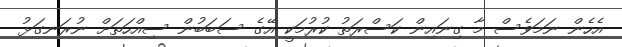
އެހެން ނަމަވެސް މާ ގިނައިން ކަސްރަތު ކުރުމަކީ އޭގެ ސަބަބުން ސިއްހަތަށް ނުރަނގަޅު